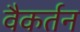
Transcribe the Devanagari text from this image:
वैकर्तन